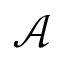
\mathcal { A }